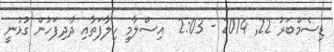
ޑިސެމްބަރު 22